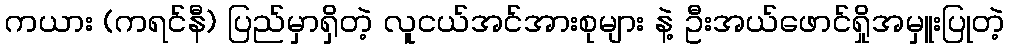
ကယား (ကရင်နီ) ပြည်မှာရှိတဲ့ လူငယ်အင်အားစုများ နဲ့ ဦးအယ်ဖောင်ရှိုအမှူးပြုတဲ့